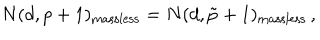
LaTeX: N ( d , p + 1 ) _ { \mathrm { m a s s l e s s } } = N ( d , \tilde { p } + 1 ) _ { \mathrm { m a s s l e s s } } \, ,